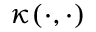
\kappa ( \cdot , \cdot )